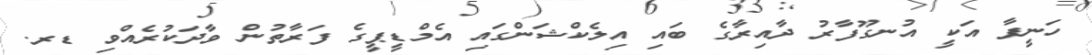
ހަނީފާ އަކީ އުނގޫފާރު ދާއިރާގެ ބައި އިލެކްޝަންގައި އެމްޑީޕީގެ ފަރާތުން ވާދަކުރެއްވި ޑރ.